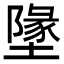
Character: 墬